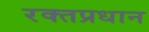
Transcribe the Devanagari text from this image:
रक्तप्रधान